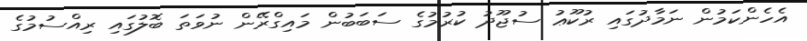
އެހެންކަމުން ނަމާދުގައި ރުކޫޢު ސުޖޫދު ކުރުމުގެ ސަބަބުން މައިގްރޭން ނުވަތަ ބޮލުގައި ރިއްސުމުގެ